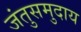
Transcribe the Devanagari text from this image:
जंतुसमुदाय